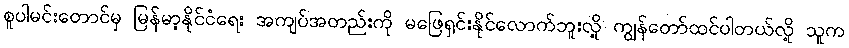
စူပါမင်းတောင်မှ မြန်မာ့နိုင်ငံရေး အကျပ်အတည်းကို မဖြေရှင်းနိုင်လောက်ဘူးလို့ ကျွန်တော်ထင်ပါတယ်လို့ သူက